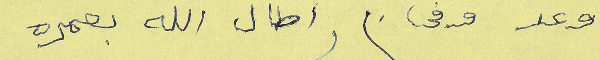
وعد وفى.   اطال الله عمره